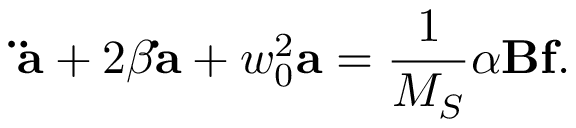
{ \bf \ddot { a } } + 2 \beta { \bf \dot { a } } + w _ { 0 } ^ { 2 } { \bf a } = \frac { 1 } { M _ { S } } \alpha { \bf B } { \bf f } .